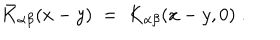
LaTeX: { \bar { K } } _ { \alpha \beta } ( x - y ) \; = \; K _ { \alpha \beta } ( x - y , 0 ) \; .